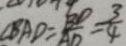
\angle B A D = \frac { B D } { A D } = \frac { 3 } { 4 }